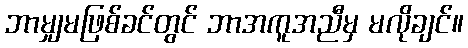
ဘာမျှမဖြစ်ခင်တွင် ဘာအကူအညီမှ မလိုချင်။